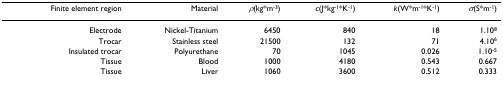
<table><thead><tr><td><b>Finite element region</b></td><td><b>Material</b></td><td><b><i>ρ</i>(kg*m<sup>-3</sup>)</b></td><td><b><i>c</i>(J*kg<sup>-1</sup>*K<sup>-1</sup>)</b></td><td><b><i>k</i>(W*m<sup>-1</sup>*K<sup>-1</sup>)</b></td><td><b><i>σ</i>(S*m<sup>-1</sup>)</b></td></tr></thead><tbody><tr><td>Electrode</td><td>Nickel-Titanium</td><td>6450</td><td>840</td><td>18</td><td>1.10<sup>8</sup></td></tr><tr><td>Trocar</td><td>Stainless steel</td><td>21500</td><td>132</td><td>71</td><td>4.10<sup>6</sup></td></tr><tr><td>Insulated trocar</td><td>Polyurethane</td><td>70</td><td>1045</td><td>0.026</td><td>1.10<sup>-5</sup></td></tr><tr><td>Tissue</td><td>Blood</td><td>1000</td><td>4180</td><td>0.543</td><td>0.667</td></tr><tr><td>Tissue</td><td>Liver</td><td>1060</td><td>3600</td><td>0.512</td><td>0.333</td></tr></tbody></table>